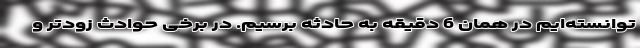
توانسته‌ایم در همان 6 دقیقه به حادثه برسیم. در برخی حوادث زودتر و